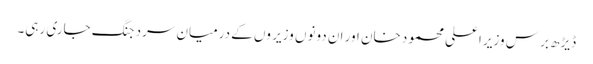
ڈیڑھ بر س وزیر اعلی محمود خان اور ان دونوں وزیر وں کے درمیان سرد جنگ جاری رہی۔